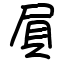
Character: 屓